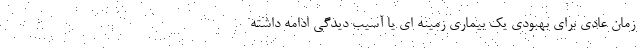
زمان عادی برای بهبودی یک بیماری زمینه ای یا آسیب دیدگی ادامه داشته